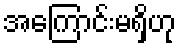
အကြောင်းမရှိဟု